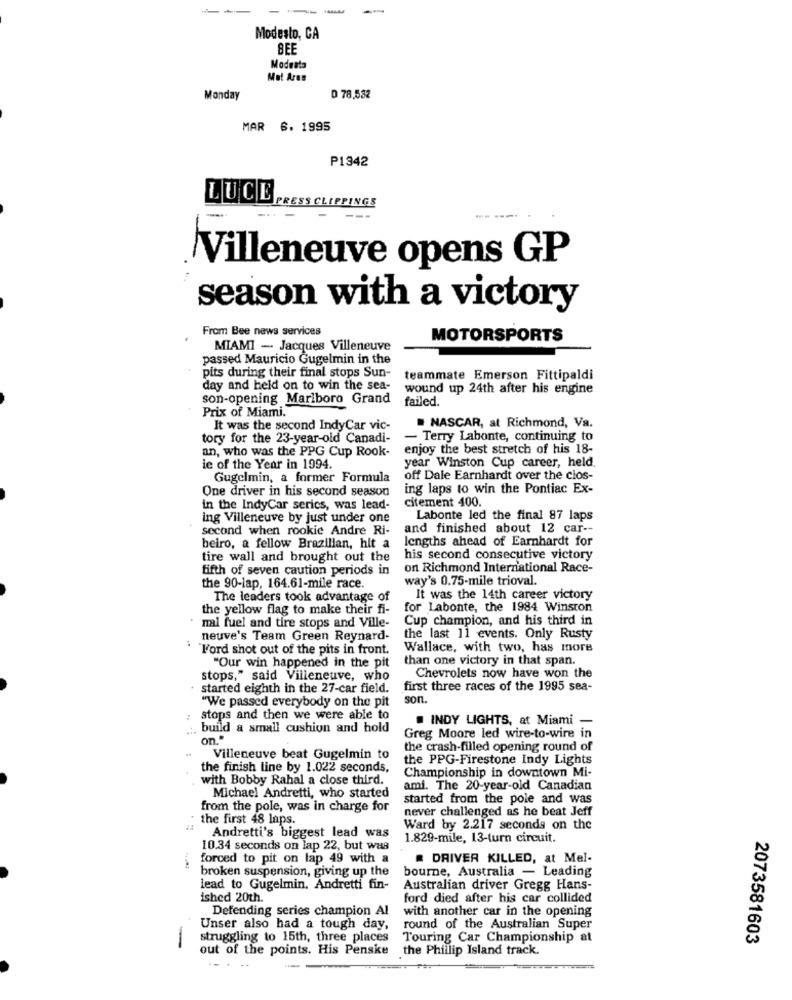
--
-
Modesto, CA
BEE
Modesta
Mul Ares
Monday
D 78,532
MAR 6. 1995
P1342
LUCE
S CLI
PINGS
-----
Villeneuve opens GP
season with a victory
From Bee news services
MOTORSPORTS
MIAMI - Jacques Villeneuve
passed Mauricio Gugelmin in the
pits during their final stops Sun-
teammate Emerson Fittipaldi
day and held on to win the sea-
wound up 24th after his engine
son-opening Marlboro Grand
failed.
Prix of Miami.
It was the second IndyCar vic-
NASCAR, at Richmond, Va.
tory for the 23-year-old Canadi-
- Terry Labonte, continuing to
an, who was the PPG Cup Rook-
enjoy the best stretch of his 18-
year Winston Cup career, held.
ie of the Year in 1994.
Gugelmin, a former Formula
off Dale Earnhardt over the clos-
One driver in his second season
ing laps to win the Pontiac Ex-
citement 400.
in the IndyCar series, was lead-
ing Villeneuve by just under one
Labonte led the final 87 laps
second when rookie Andre Ri-
and finished about 12 car --
lengths ahead of Earnhardt for
beiro, a fellow Brazilian, hit a
tire wall and brought out the
his second consecutive victory
fifth of seven caution periods in
on Richmond International Race-
way's 0.75-mile trioval.
the 90-lap, 164.61-mile race.
The leaders took advantage of
It was the 14th career victory
the yellow flag to make their fi-
for Labonte, the 1984 Winston
Cup champion, and his third in
mal fuel and tire stops and Ville-
neuve's Team Green Reynard-
the last 11 events. Only Rusty
Ford shot out of the pits in front.
Wallace, with two, has more
than one victory in that span.
"Our win happened in the pit
stops," said Villeneuve, who
Chevrolets now have won the
started eighth in the 27-car field.
first three races of the 1995 sea-
"We passed everybody on the pit
son.
stops and then we were able to
build a small cushion and hold
. INDY LIGHTS, at Miami -
on ..
Greg Moore led wire-to-wire in
the crash-filled opening round of
Villeneuve beat Gugelmin to
the PPG-Firestone Indy Lights
the finish line by 1.022 seconds,
Championship in downtown Mi-
with Bobby Rahal a close third.
ami. The 20-year-old Canadian
Michael Andretti, who started
started from the pole and was
from the pole, was in charge for
never challenged as he beat Jeff
the first 48 laps.
Ward by 2.217 seconds on the
Andretti's biggest lead was
1.829-mile, 13-turn circuit.
10.34 seconds on lap 22, but was
forced to pit on lap 49 with a
DRIVER KILLED, at Mel-
broken suspension, giving up the
bourne, Australia - Leading
lead to Gugelmin. Andretti fin-
Australian driver Gregg Hans-
ished 20th.
ford died after his car collided
Defending series champion Al
with another car in the opening
Unser also had a tough day,
round of the Australian Super
struggling to 15th, three places
Touring Car Championship at
2073581603
-
out of the points. His Penske
the Phillip Island track.